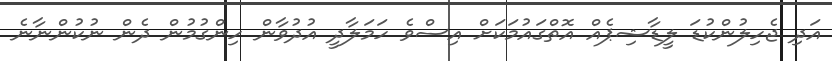
އަދި ޖެހިލުންކުޑަ ލީޑާޝިޕެއް އޮތްގައުމަކަށް އިސްވެ ހަމަލާދީ އުދުވާން ހިންގުމުން ދެން ނުކުންނާނެ